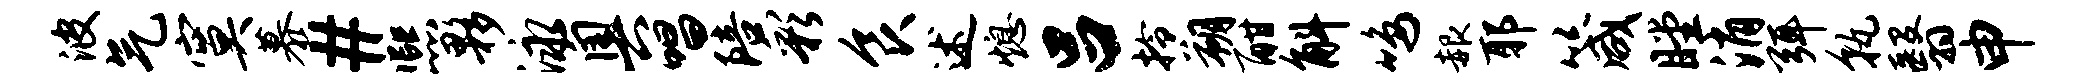
波气寞慕#熙夥泳奥唱陪彩食述熄吕拎朔酣斛鸣赧耶箴瞠消弭孰翳申